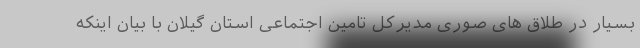
بسیار در طلاق های صوری مدیرکل تامین اجتماعی استان گیلان با بیان اینکه